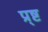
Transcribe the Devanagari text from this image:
प्र्ष्ट